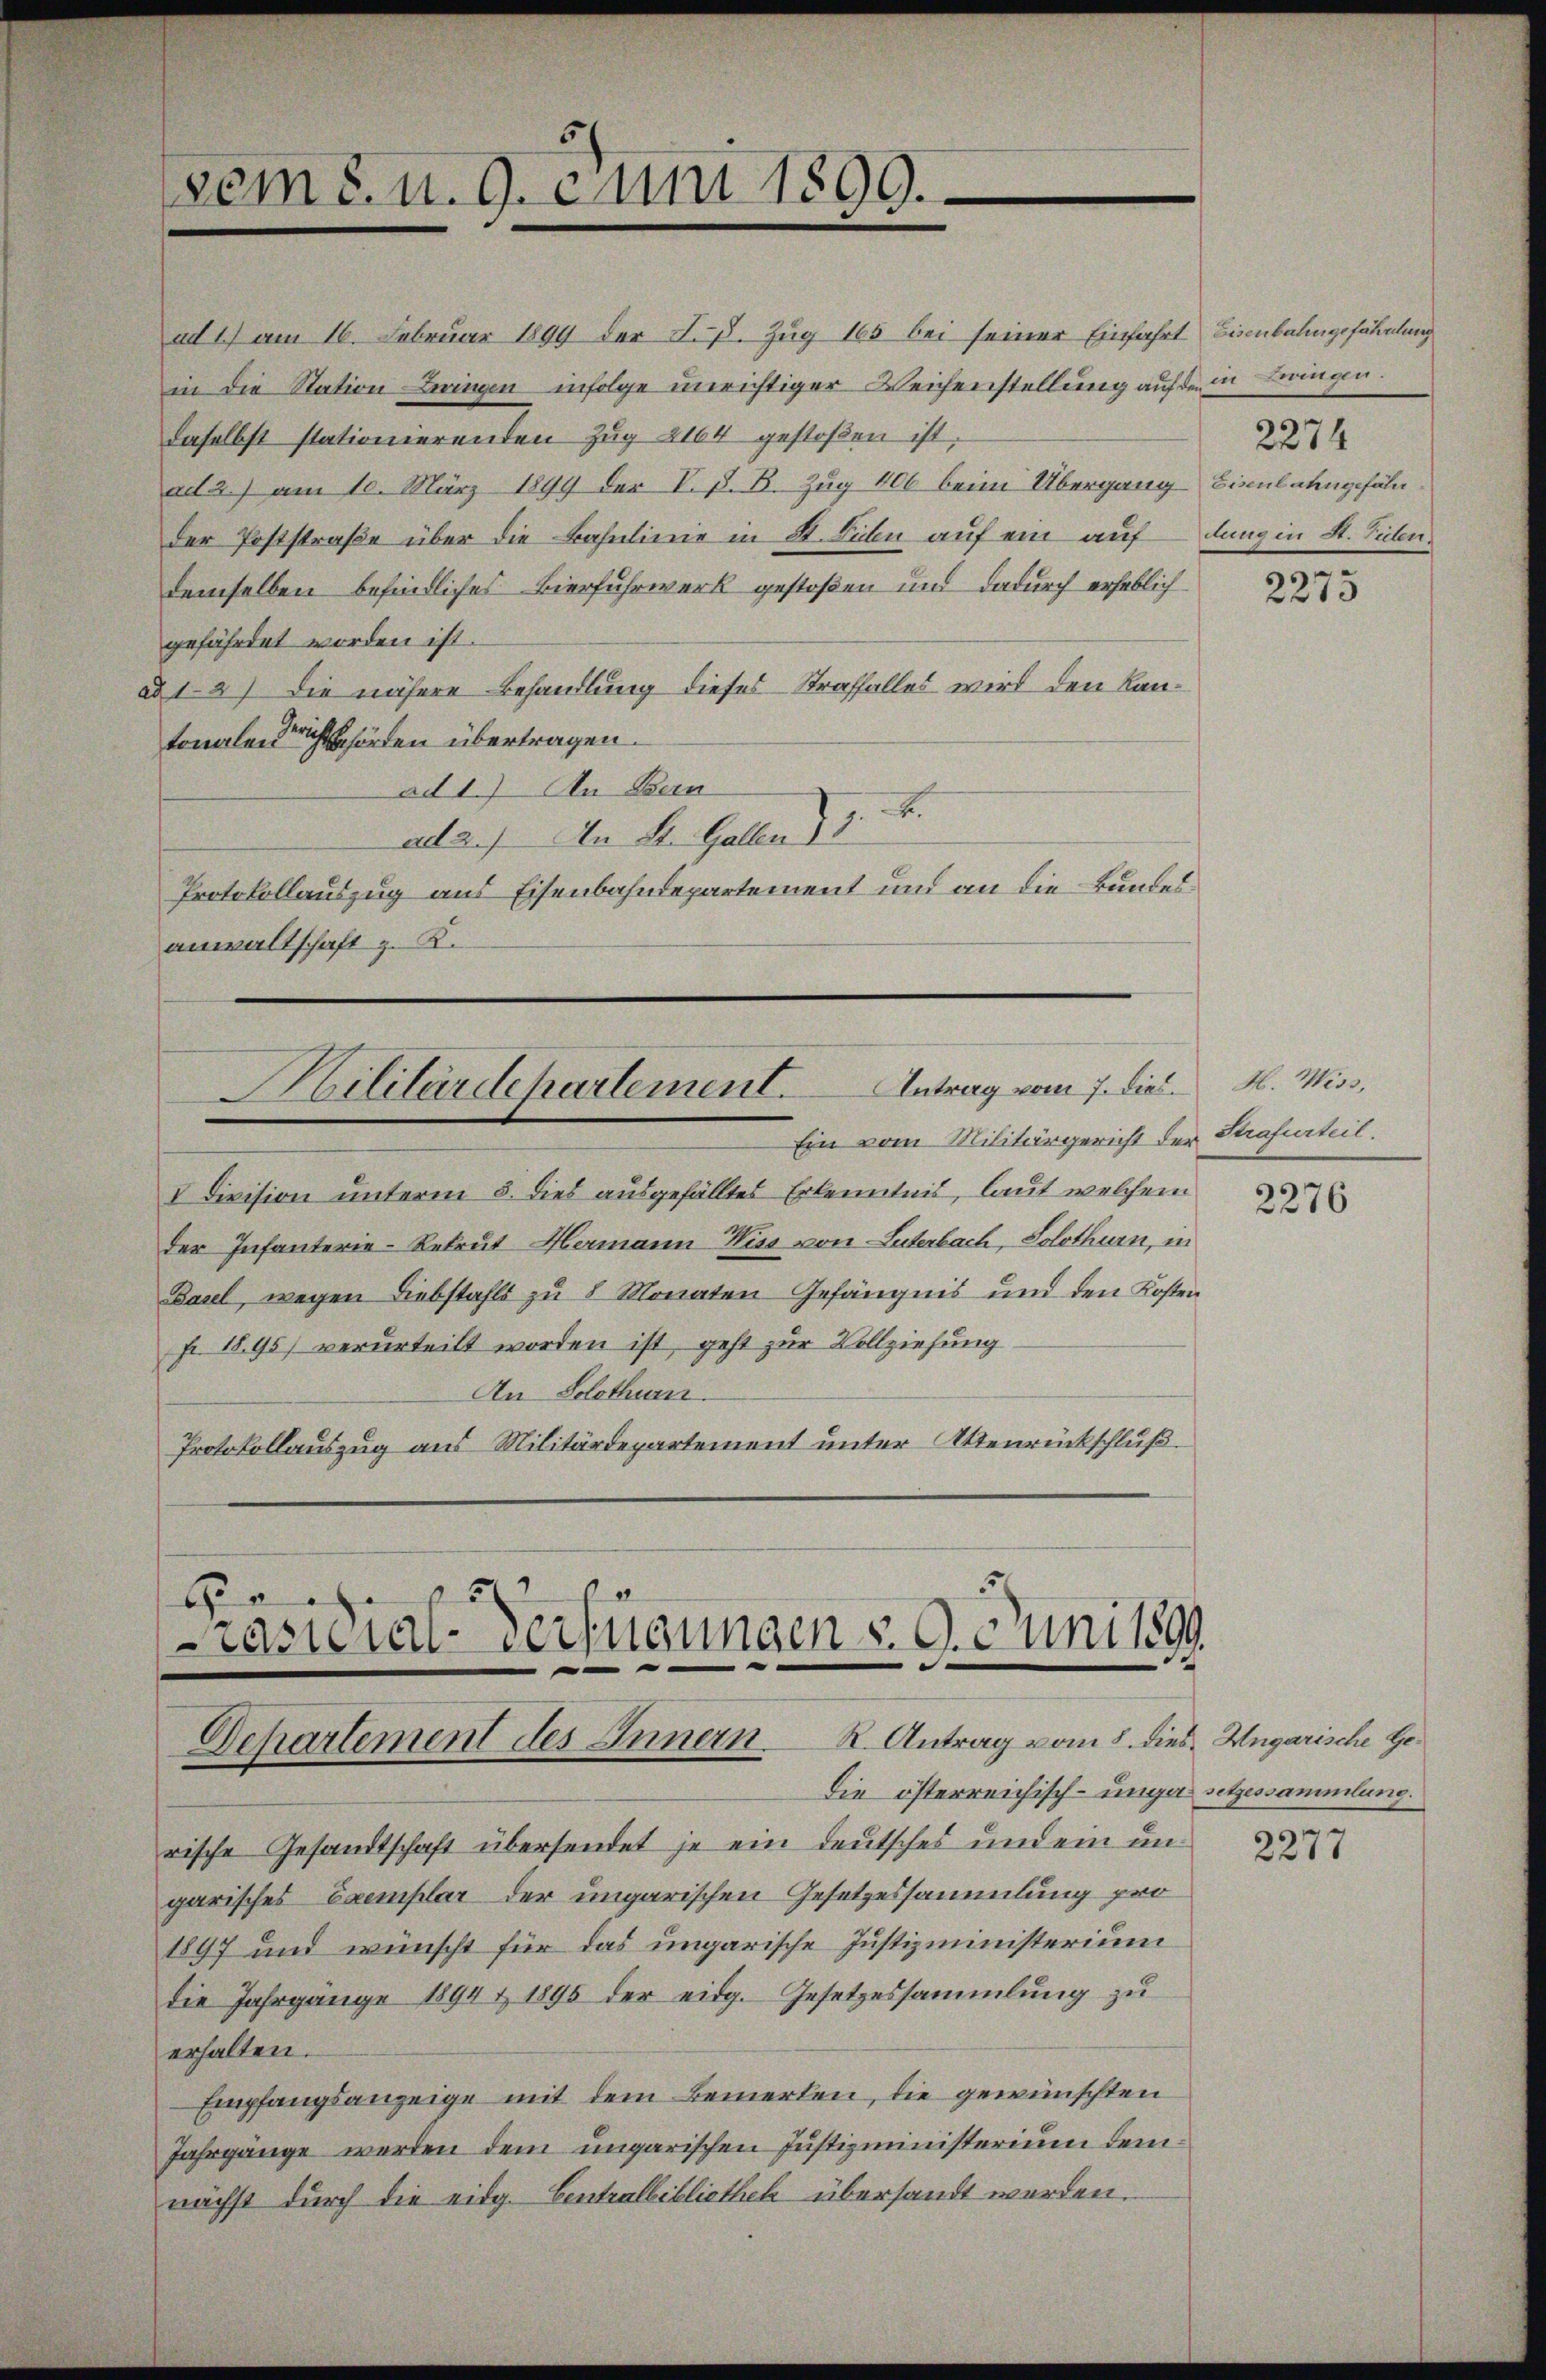
ad 11 am 16. Februar 1899 der F. B. Zug 165 bei seiner Einfahrt Eisenbahngefährlung
in die Station Bringen infolge unrichtiger Weichenstellung auf den
daselbst stationierenden Zŭg 2164 gestoßen ist.
ad 2.) am 10. März 1899 der V. P. B. Zug 406 beim Übergang
der Poststraße über die Bahnlinie in St. Filn auf ein auf
demselben befindliches Bierfuhrwerk gestoßen und dadurch erheblich
gefährdet worden ist.
ad 13) Die nähere Behandlung dieses Straffalles wird den Lantonale Bericht behörden übertragen.
ad 1.) An Bein
2.
ad 2.) In St. Gallen 13.
Protokollauszug aus Eisenbahndepartement und an die Bundesanwaltschaft z. K.
Militärdepartement. Antrag vom 7. dies. H. Wiss
Ein vom Militärgericht der Strafurteil.
V Division unterm 5. dies ausgefälltes Erkenntnis, laut welchem
der Infanterie-Rekrut Hermann Wiss von Luterbach, Solothurn, in
Basel, wegen Diebstahls zu 8 Monaten Gefängnis und den Kosten
fr. 1895) verurteilt worden ist, geht zur Vollziehung
An Solothurn.
Protokollauszug aus Militärdepartement unter Attenrückschluß

vem 8. u. 9. Juni 1899.

2
E
Präsidial-Verfügungen §. 9. Juni 1899.
e
Dchartement des Innern K. Antrag vom 8. dies. Ungarische Ge¬

Die österreichisch-ungesetzessammlung.
rische Gesandtschaft übersendet je ein deutsches und ein ungarisches Exemplar der ungarischen Gesetzessammlung pro¬
1897 und wünscht für das ungarische Justizministerium
die Jahrgänge 1894 & 1895 der eidg. Gesetzessammlung zŭ
erhalten.
Empfangsanzeige mit dem Bemerken, die gewünschten
Jahrgänge werden dem ungarischen Justizministerium demnächst durch die eidg. Centralbibliothek übersandt werden.

in Bangen.
Eisenbahngefähr
dung in A. Tulen

2274

2275

2276

2277